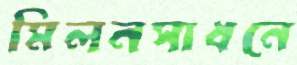
মিলনসাধনে